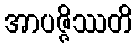
အာပဇ္ဇိဿတိ